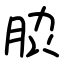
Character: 䏮